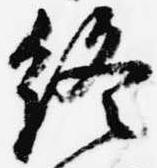
終